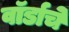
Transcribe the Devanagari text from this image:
वॉर्डाचे